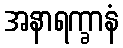
အနာရက္ခာနံ